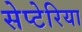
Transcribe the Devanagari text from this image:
सेप्टेरिया